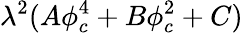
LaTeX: \lambda^{2}(A\phi_{c}^{4}+B\phi_{c}^{2}+C)